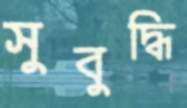
সুবুদ্ধি